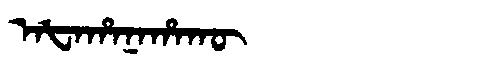
Manchu: ᠠᡶᠠᡥᠠᠨᠠᡥᠠᡴᡡ
Romanization: AFAHANAHAKŪ